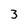
Character: 3